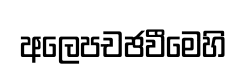
අලෙපචඡවීමෙහි